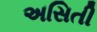
અસિતી